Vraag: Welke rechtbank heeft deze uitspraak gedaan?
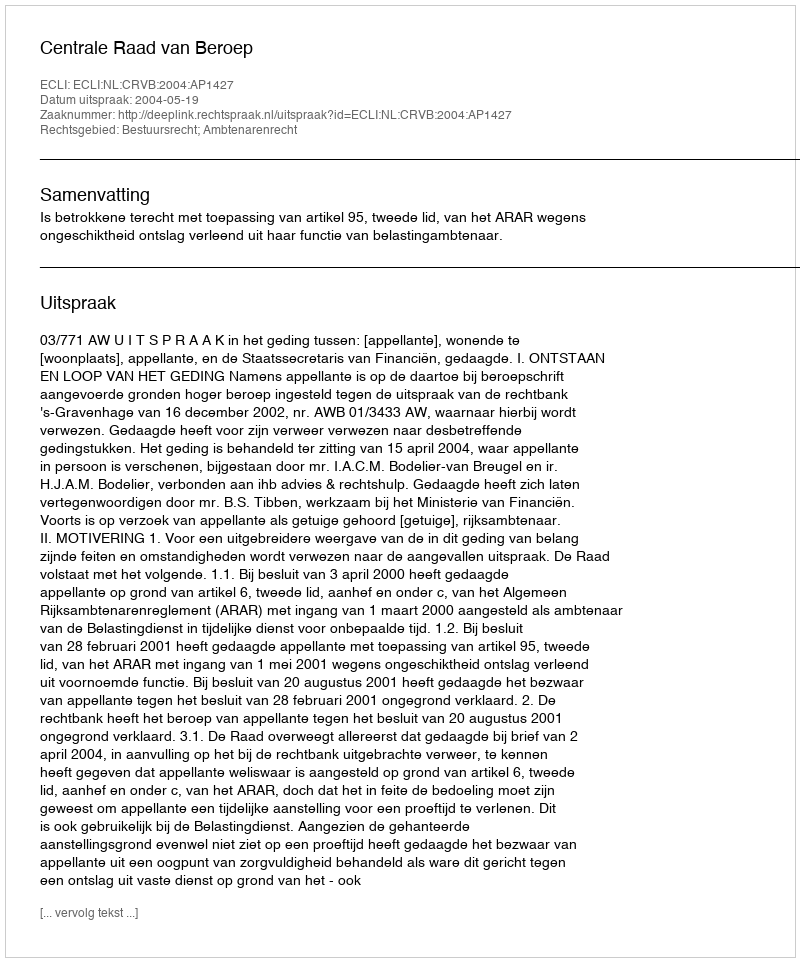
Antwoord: Centrale Raad van Beroep